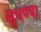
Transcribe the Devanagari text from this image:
सुचण्या